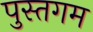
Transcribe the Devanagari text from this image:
पुस्तगम